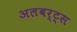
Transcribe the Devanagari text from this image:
अलबर्ट्स